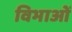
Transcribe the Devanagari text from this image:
विभाओं